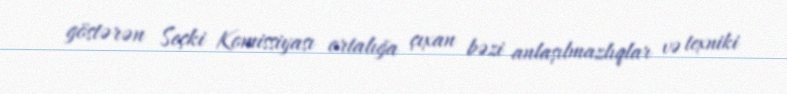
göstərən Seçki Komissiyası ortalığa çıxan bəzi anlaşılmazlıqlar və texniki